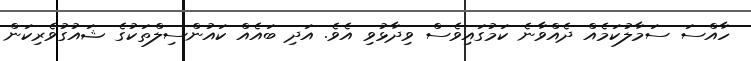
ހާއްސަ ސަމާލުކަމެއް ދެއްވާނެ ކަމުގައިވެސް ވިދާޅުވި އެވެ. އަދި ބައެއް ކައުންސިލްތަކުގެ ޝައުގުވެރިކަން